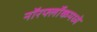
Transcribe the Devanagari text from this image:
नॉरर्फ्लोकमध्ये